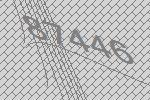
87446